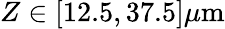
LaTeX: Z\in[12.5,37.5]\mu\mathrm{m}